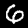
Label: 6